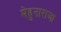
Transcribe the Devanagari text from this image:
मेहुनाराजा